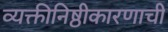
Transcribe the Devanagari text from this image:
व्यक्तीनिष्ठीकारणाची